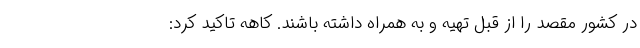
در کشور مقصد را از قبل تهیه و به همراه داشته باشند. کاهه تاکید کرد: